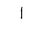
Letter: _alif